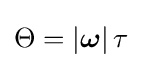
\Theta =\left|{\boldsymbol {\omega }}\right|\tau